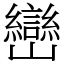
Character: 巒